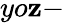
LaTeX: yo\mathbf{z}-